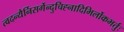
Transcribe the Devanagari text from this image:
त्वदन्यैर्निसर्गेन्दुचिह्नादिभिर्लोकभर्तुः